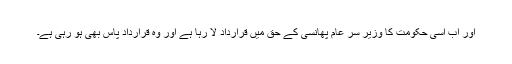
اور اب اسی حکومت کا وزیر سر عام پھانسی کے حق میں قرارداد لا رہا ہے اور وہ قرارداد پاس بھی ہو رہی ہے۔